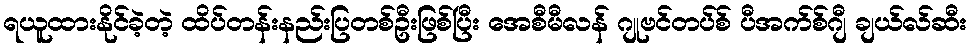
ရယူထားနိုင်ခဲ့တဲ့ ထိပ်တန်းနည်းပြတစ်ဦးဖြစ်ပြီး အေစီမီလန် ဂျုဗင်တပ်စ် ပီအက်စ်ဂျီ ချယ်လ်ဆီး